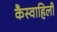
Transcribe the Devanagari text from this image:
कैस्वाहिली